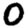
Digit: 0